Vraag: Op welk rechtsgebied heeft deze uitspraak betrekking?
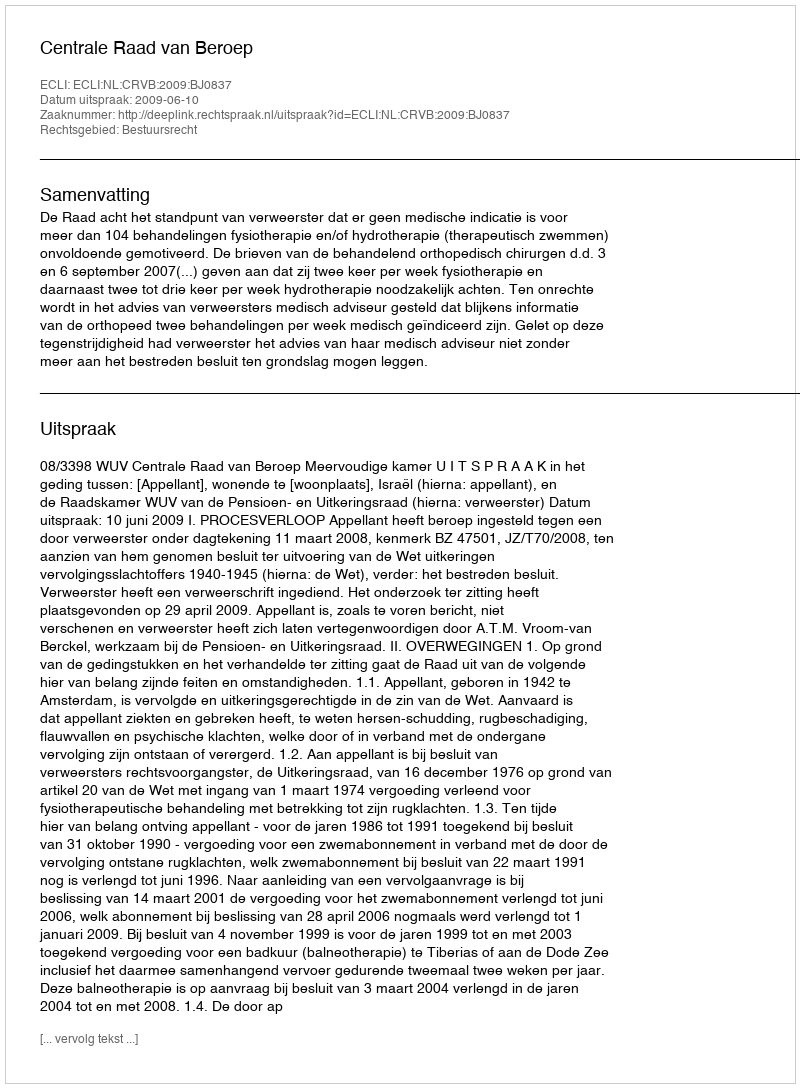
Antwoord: Bestuursrecht